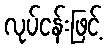
လုပ်ငန်းဖြင့်